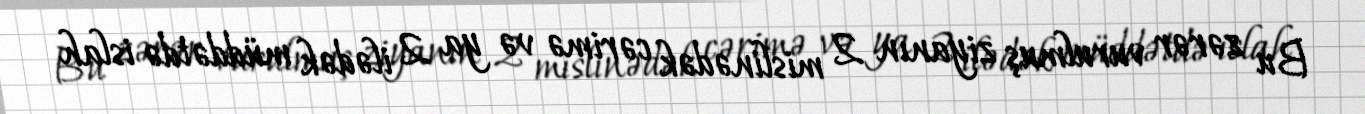
Bu zərər vurulmuş ziyanın 2 mislinədək cərimə və ya 2 ilədək müddətdə islah